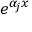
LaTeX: e ^ { \alpha _ { j } x }